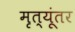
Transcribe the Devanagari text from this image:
मृत्यूंतर